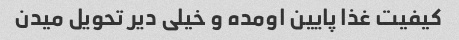
کیفیت غذا پایین اومده و خیلی دیر تحویل میدن